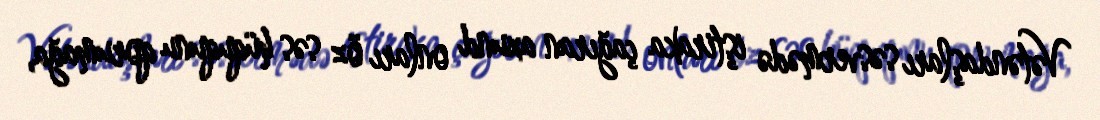
Vətəndaşları səsvermədə iştiraka çağıran axund onları öz səs hüququnu qorumağa,